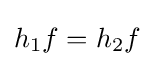
h_{1}f=h_{2}f